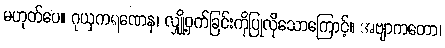
မဟုတ်ပေ။ ဂုယှကရဏေန၊ လျှို့ဝှက်ခြင်းကိုပြုလိုသောကြောင့်။ အဗျာကတော၊